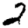
Digit: 2